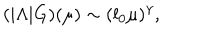
LaTeX: ( | \Lambda | G ) ( \mu ) \sim ( l _ { 0 } \mu ) ^ { \gamma } ,